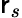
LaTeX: \mathsf{r}_{s}